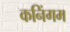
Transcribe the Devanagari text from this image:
कनिंगम